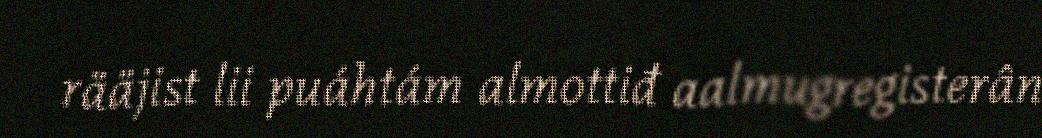
rääjist lii puáhtám almottiđ aalmugregisterân